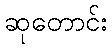
ဆုတောင်း